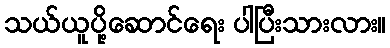
သယ်ယူပို့ဆောင်ရေး ပါပြီးသားလား။